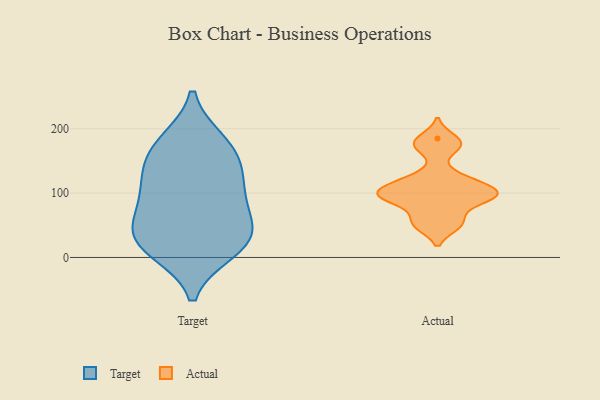
{"axis": {"x": "Inventory Turnover", "y": "Value"}, "legend": ["Actual", "Target"], "data": [{"x": "", "y": 34, "type": "Target"}, {"x": "", "y": 96, "type": "Target"}, {"x": "", "y": 14, "type": "Target"}, {"x": "", "y": 30, "type": "Target"}, {"x": "", "y": 151, "type": "Target"}, {"x": "", "y": 115, "type": "Target"}, {"x": "", "y": 143, "type": "Target"}, {"x": "", "y": 11, "type": "Target"}, {"x": "", "y": 93, "type": "Target"}, {"x": "", "y": 60, "type": "Target"}, {"x": "", "y": 180, "type": "Target"}, {"x": "", "y": 39, "type": "Target"}, {"x": "", "y": 177, "type": "Target"}, {"x": "", "y": 96, "type": "Actual"}, {"x": "", "y": 87, "type": "Actual"}, {"x": "", "y": 94, "type": "Actual"}, {"x": "", "y": 50, "type": "Actual"}, {"x": "", "y": 185, "type": "Actual"}, {"x": "", "y": 172, "type": "Actual"}, {"x": "", "y": 96, "type": "Actual"}, {"x": "", "y": 174, "type": "Actual"}, {"x": "", "y": 124, "type": "Actual"}, {"x": "", "y": 122, "type": "Actual"}, {"x": "", "y": 108, "type": "Actual"}, {"x": "", "y": 97, "type": "Actual"}, {"x": "", "y": 62, "type": "Actual"}, {"x": "", "y": 105, "type": "Actual"}, {"x": "", "y": 50, "type": "Actual"}]}